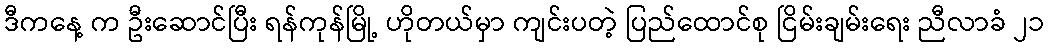
ဒီကနေ့ က ဦးဆောင်ပြီး ရန်ကုန်မြို့ ဟိုတယ်မှာ ကျင်းပတဲ့ ပြည်ထောင်စု ငြိမ်းချမ်းရေး ညီလာခံ ၂၁